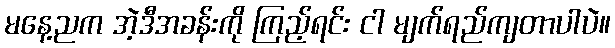
မနေ့ညက အဲ့ဒီအခန်းကို ကြည့်ရင်း ငါ မျက်ရည်ကျတာပါပဲ။